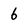
Character: b